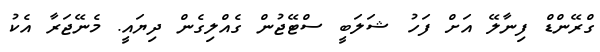
ގްރޭންޑް ފިނާލޭ އަށް ފަހު ޝަލަބީ ސްޓޭޖުން ގެއްލިގެން ދިޔައީ. މެނޭޖަރާ އެކު